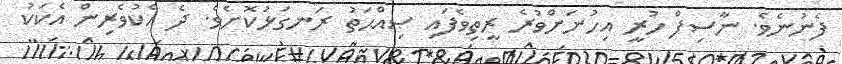
ފެނުނެވެ. ނާސިފް ހުރީ އިހުނަށްވުރެ ރީތިވެފައި ޞިއްޙަތު ރަނގަޅުކޮށެވެ. ދެ އެކުވެރިން އެކަކު